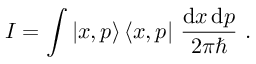
I = \int | x , p \rangle \, \langle x , p | ~ { \frac { \mathrm { d } x \, \mathrm { d } p } { 2 \pi \hbar } } ~ .